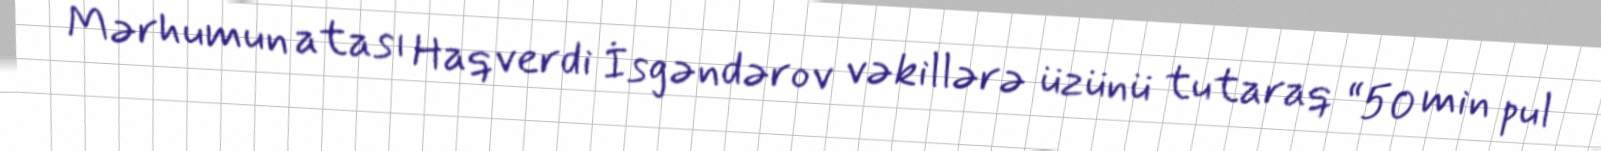
Mərhumun atası Haqverdi İsgəndərov vəkillərə üzünü tutaraq “50 min pul